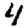
Digit: 4